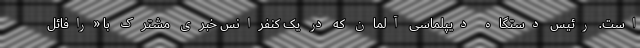
است. رئیس دستگاه دیپلماسی آلمان که در یک کنفرانس خبری مشترک با «رافائل